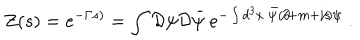
LaTeX: Z ( s ) = e ^ { - \Gamma s ) } = \int { \cal D } \psi { \cal D } \bar { \psi } ~ e ^ { - \int d ^ { 3 } x ~ \bar { \psi } ( \partial \! \! \! / + m + i s \! \! \! / ) \psi } \; .